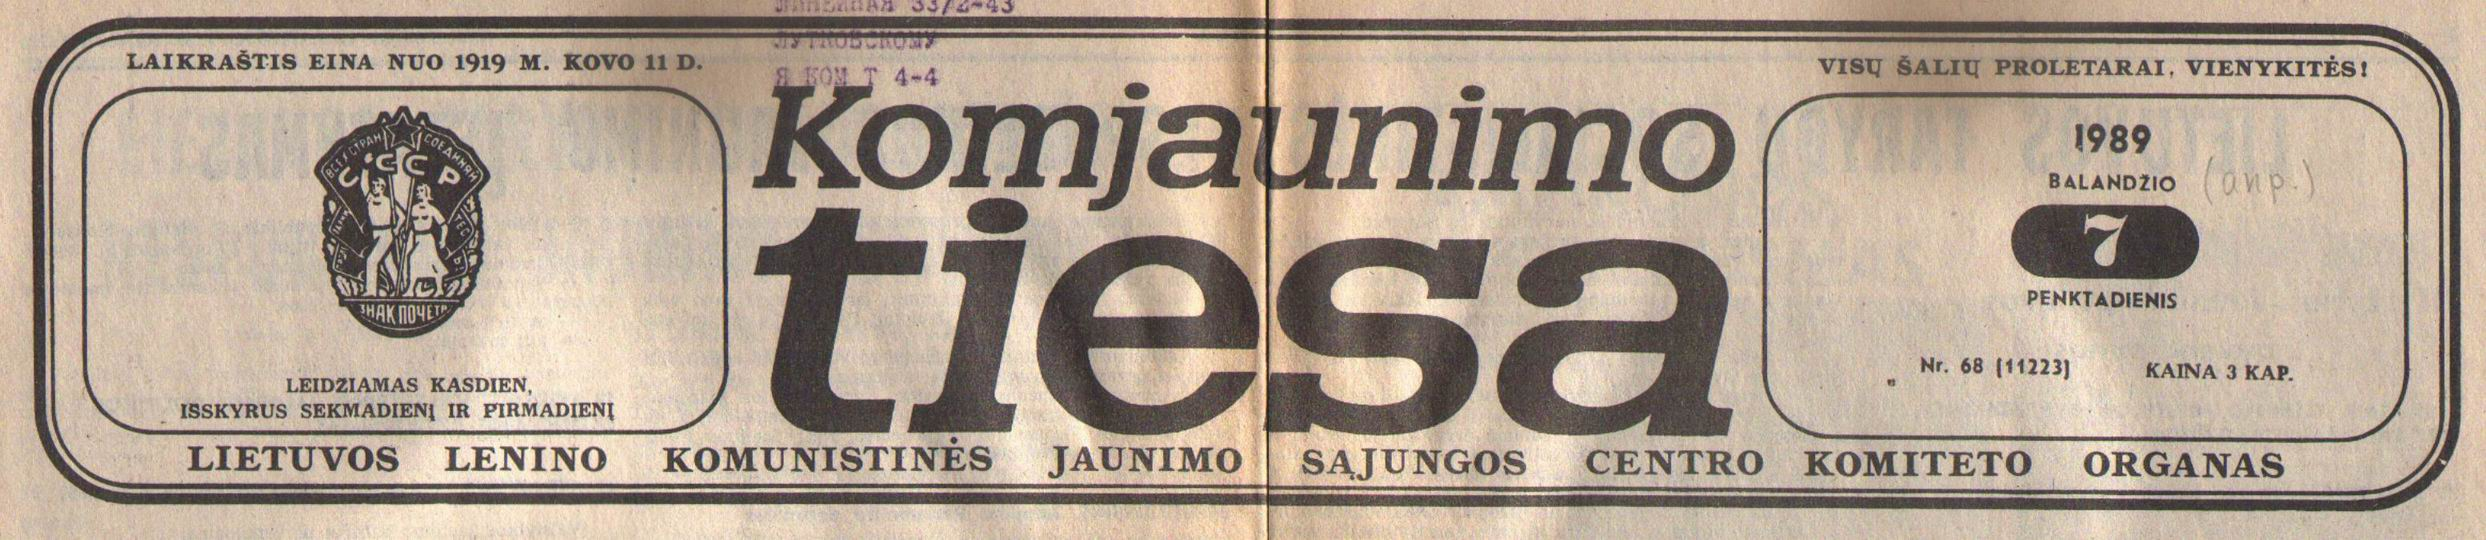
Language: lt